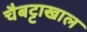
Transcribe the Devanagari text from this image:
चैबट्टाखाल